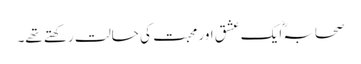
صحابہؓ ایک عشق اور محبت کی حالت رکھتے تھے۔